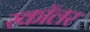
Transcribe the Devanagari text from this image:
स्‍कॉलर